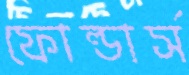
ফোল্ডার্স